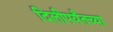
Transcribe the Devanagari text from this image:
दिलीपर्यंतच्या